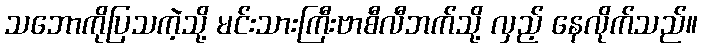
သဘောကိုပြသကဲ့သို့ မင်းသားကြီးဗာစီလီဘက်သို့ လှည့် နေလိုက်သည်။